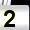
Digit: 2